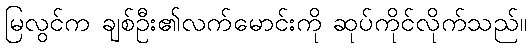
မြလွင်က ချစ်ဦး၏လက်မောင်းကို ဆုပ်ကိုင်လိုက်သည်။